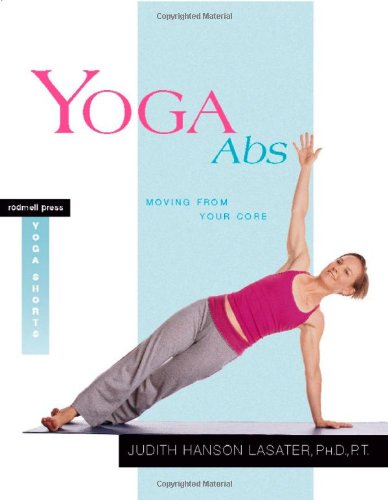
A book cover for Yoga Abs: Moving from Your Core; Judith Hanson Lasater; Health, Fitness & Dieting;